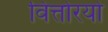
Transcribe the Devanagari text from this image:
वित्तोरयो